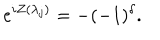
LaTeX: e ^ { i Z ( \lambda _ { j } ) } = - ( - 1 ) ^ { \delta } .